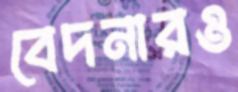
বেদনারও